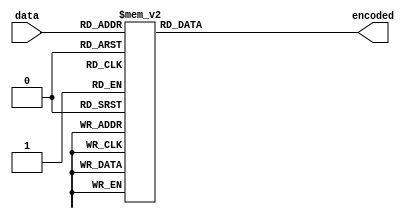
`timescale 1ns / 1ps
module encoder_4_2(
  input [3:0] data,
  output reg [1:0] encoded
);
  always @ * begin
    case (data)
      4'b0000: encoded = 2'b00;
      4'b0001: encoded = 2'b01;
      4'b0010: encoded = 2'b10;
      4'b0011: encoded = 2'b11;
      4'b0100: encoded = 2'b00;
      4'b0101: encoded = 2'b01;
      4'b0110: encoded = 2'b10;
      4'b0111: encoded = 2'b11;
      4'b1000: encoded = 2'b00;
      4'b1001: encoded = 2'b01;
      4'b1010: encoded = 2'b10;
      4'b1011: encoded = 2'b11;
      4'b1100: encoded = 2'b00;
      4'b1101: encoded = 2'b01;
      4'b1110: encoded = 2'b10;
      4'b1111: encoded = 2'b11;
    endcase
  end
endmodule